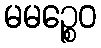
မမဉ္စေဝ